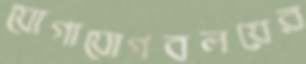
যোগাযোগবলয়ের